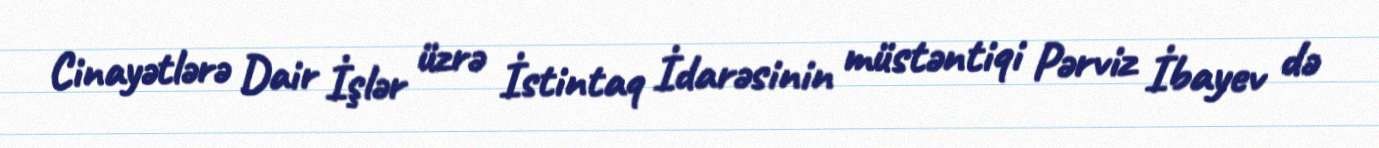
Cinayətlərə Dair İşlər üzrə İstintaq İdarəsinin müstəntiqi Pərviz İbayev də